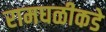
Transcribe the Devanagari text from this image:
रामघळीकडे